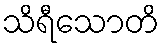
သိရီသောတိ